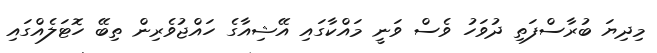
މިިދިޔަ ބުރާސްފަތި ދުވަހު ވެސް ވަނީ މައްކާގައި އޭޝިއާގެ ހައްޖުވެރިން ތިބޭ ހޮޓަލެއްގައި